Vaccination in the Punjab 1905-1918 - 1905-1918
Year: 1905
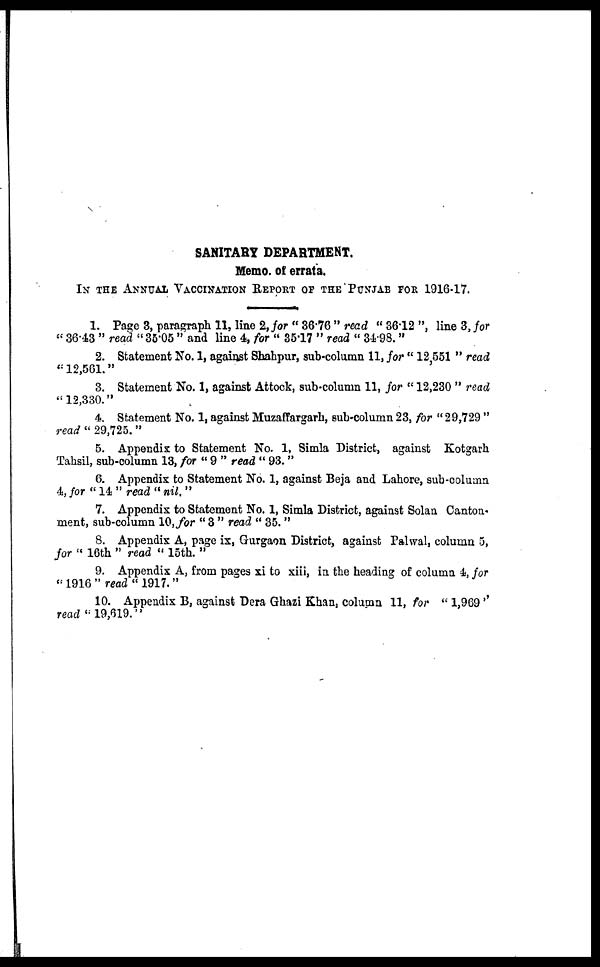
SANITARY DEPARTMENT.
Memo. of errata.
IN THE ANNUAL VACCINATION REPORT OF THE PUNJAB FOR 1916-17.
1. Page 3, paragraph 11, line 2, for " 36.76 " read " 36.12 ", line 3, for
" 36.43 " read " 35.05 " and line 4, for "35.17" read " 34.98. "
2. Statement No. 1, against Shahpur, sub-column 11, for "12,551" read
"12,561."
3. Statement No. 1, against Attock, sub-column 11, for " 12,230 " read
"12,330."
4. Statement No. 1, against Muzaffargarh, sub-column 23, for " 29,729 "
read " 29,725."
5. Appendix to Statement No. 1, Simla District, against Kotgarh
Tahsil, sub-column 13, for " 9 " read " 93. "
6. Appendix to Statement No. 1, against Beja and Lahore, sub-column
4, ƒor "14" read "nil."
7. Appendix to Statement No. 1, Simla District, against Solan Canton-
ment, sub-column 10, for "3 " read " 35. "
8. Appendix A, page ix, Gurgaon District, against Palwal, column 5,
for "16th " read " 15th. "
9. Appendix A, from pages xi to xiii, in the heading of column 4, for
"1916 "read "1917."
10. Appendix B, against Dera Ghazi Khan, column 11, for "1,969''
read "19,619."